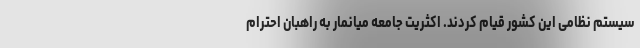
سیستم نظامی این کشور قیام کردند. اکثریت جامعه میانمار به راهبان احترام